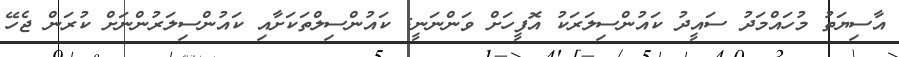
އާސިޔަތު މުހައްމަދު ސައީދު ކައުންސިލަރަކު އޮފީހަށް ވަންނަނީ: ކައުންސިލްތަކަށާއި ކައުންސިލަރުންނަށް ކުރަން ޖެހޭ